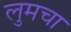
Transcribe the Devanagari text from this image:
लुमचा